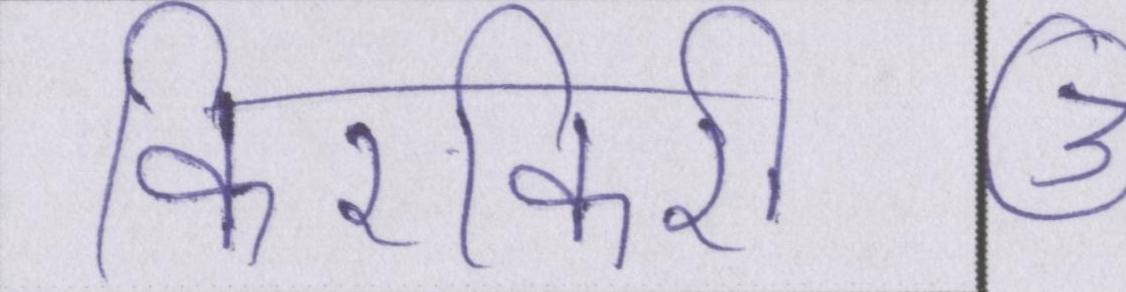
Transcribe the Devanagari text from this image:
किरकिरी